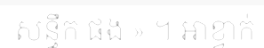
សន្ធឹក ផង » ។ អាខ្វាក់